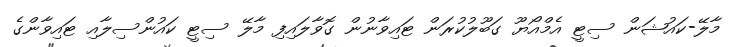
މާލޭ-ކައުޝަން ސިޓީ އެމްއޯޔޫ ގަބޫލުކުރަން ޓައިވާނުން ގޮވާލައިފި މާލޭ ސިޓީ ކައުންސިލާއި ޓައިވާންގެ